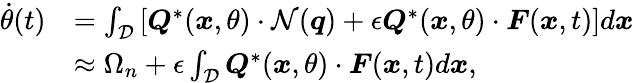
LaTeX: \begin{array}{rl}{\dot{\theta}(t)}&{=\int_{\mathcal{D}}\left[\boldsymbol{Q}^{*}(\boldsymbol{x},\theta)\cdot\mathcal{N}(\boldsymbol{q})+\epsilon\boldsymbol{Q}^{*}(\boldsymbol{x},\theta)\cdot\boldsymbol{F}(\boldsymbol{x},t)\right]d\boldsymbol{x}}\\ &{\approx\Omega_{n}+\epsilon\int_{\mathcal{D}}\boldsymbol{Q}^{*}(\boldsymbol{x},\theta)\cdot\boldsymbol{F}(\boldsymbol{x},t)d\boldsymbol{x},}\end{array}